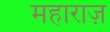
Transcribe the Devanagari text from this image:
महाराज़